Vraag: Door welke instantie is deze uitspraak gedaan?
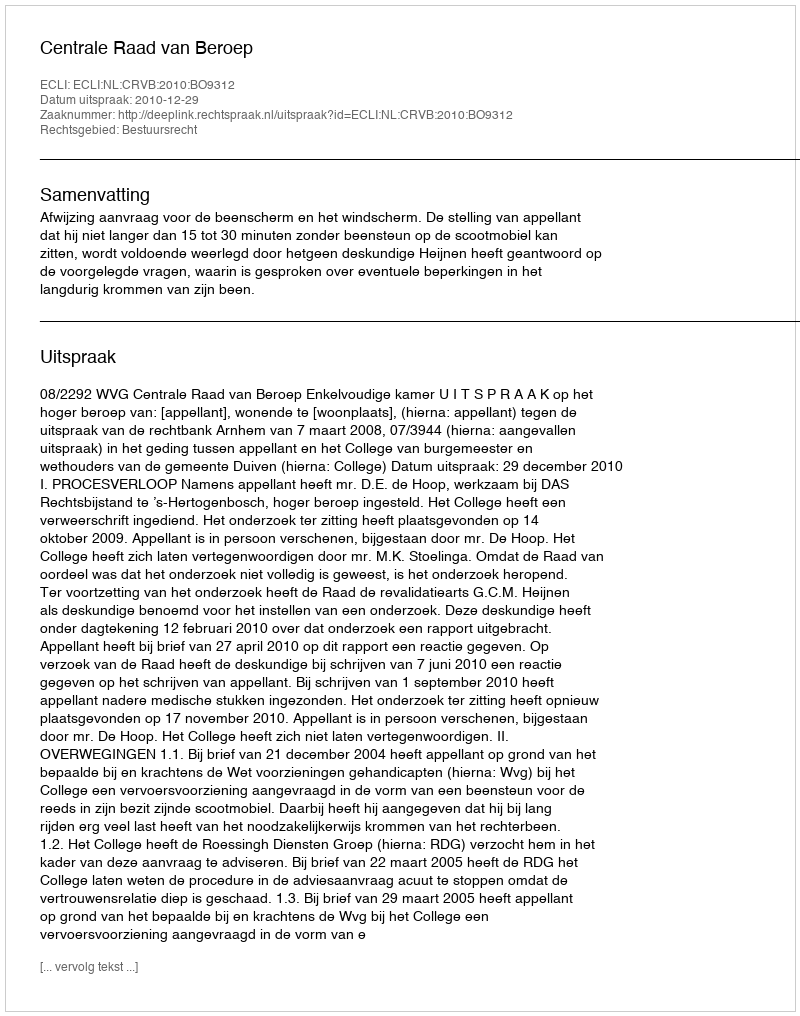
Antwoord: Centrale Raad van Beroep